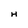
Character: H